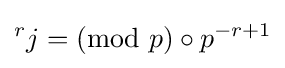
{}^{r}j=({\text{mod }}p)\circ p^{-{r+1}}